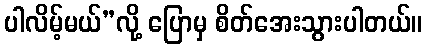
ပါလိမ့်မယ်”လို့ ပြောမှ စိတ်အေးသွားပါတယ်။